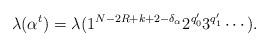
LaTeX: \begin{align*}\lambda(\alpha^t)=\lambda(1^{N-2R+k+2-\delta_\alpha}2^{q'_0}3^{q'_1}\cdots).\end{align*}